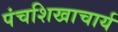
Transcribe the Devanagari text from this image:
पंचशिखाचार्य